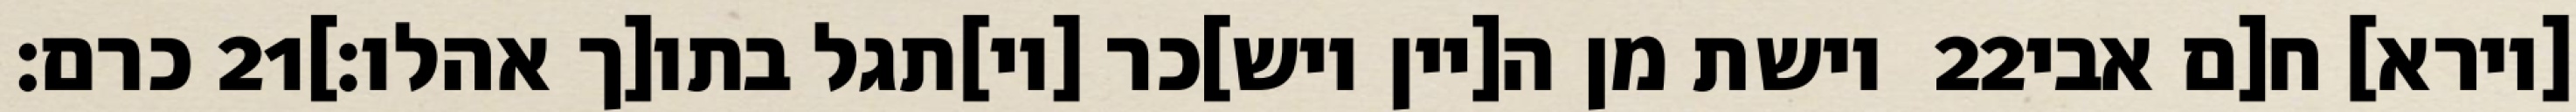
כרם׃ ‎21‏ וישת מן ה[יין ויש]כר [וי]תגל בתו[ך אהלו׃] ‎22‏ [וירא] ח[ם אבי